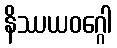
နိဿယဝဂ္ဂေါ